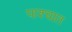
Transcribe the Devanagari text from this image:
पाश्‍चात